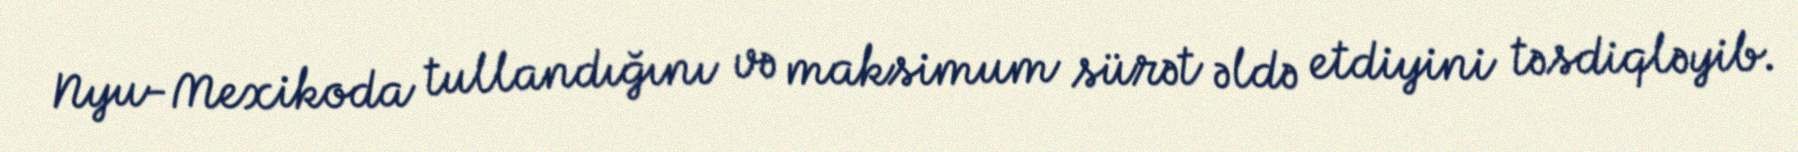
Nyu-Mexikoda tullandığını və maksimum sürət əldə etdiyini təsdiqləyib.